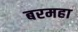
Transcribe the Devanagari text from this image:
बरमहा